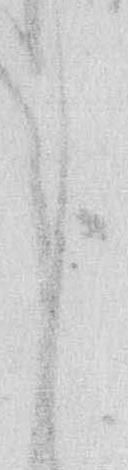
申